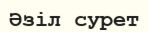
Әзіл сурет